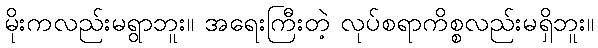
မိုးကလည်းမရွာဘူး။ အရေးကြီးတဲ့ လုပ်စရာကိစ္စလည်းမရှိဘူး။